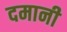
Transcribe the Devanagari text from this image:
दमानी